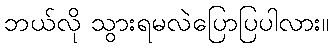
ဘယ်လို သွားရမလဲပြောပြပါလား။